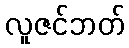
လူဇင်ဘတ်